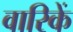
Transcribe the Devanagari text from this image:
वारिकें